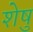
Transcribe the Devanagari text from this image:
शेषु